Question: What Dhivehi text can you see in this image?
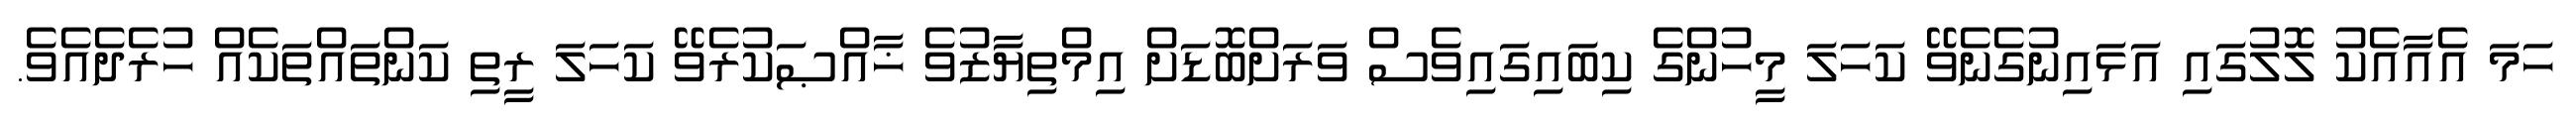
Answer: ހަމަ އެއާއެކު ލޮލުގައި އަޅައިނުގެނެވޭ ކަހަލަ މީހުންގެ ކިބައިގައިވެސް ވަރަށްބޮޑަށް އިމްތިޔާޒުވެ ޚާއްޞަކުރެވޭ ކަހަލަ ރީތި ކަންތައްތަކެއް ހުރެދެއެވެ.